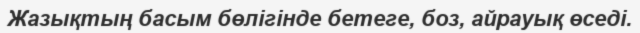
Жазықтың басым бөлігінде бетеге, боз, айрауық өседі.